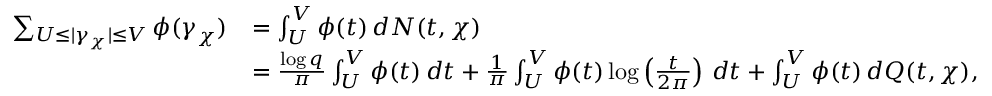
\begin{array} { r l } { \sum _ { \substack { U \leq | \gamma _ { \chi } | \leq V } } \phi ( \gamma _ { \chi } ) } & { = \int _ { U } ^ { V } \phi ( t ) \, d N ( t , \chi ) } \\ & { = \frac { \log { q } } { \pi } \int _ { U } ^ { V } \phi ( t ) \, d t + \frac { 1 } { \pi } \int _ { U } ^ { V } \phi ( t ) \log \left( \frac { t } { 2 \pi } \right) \, d t + \int _ { U } ^ { V } \phi ( t ) \, d Q ( t , \chi ) , } \end{array}